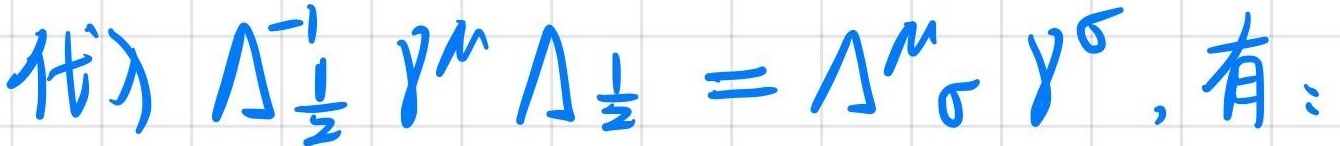
代⼊ $\Lambda_{\frac{1}{2}}^{-1} \gamma^{\mu} \Lambda_{\frac{1}{2}}=\Lambda_{\sigma}^{\mu} \gamma^{\sigma}$, 有：